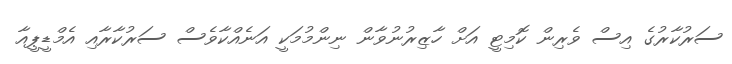
ސަރުކާރުގެ އިސް ވެރިން ކޮމިޓީ އަށް ހާޒިރުނުވާން ނިންމުމަކީ އަނެއްކާވެސް ސަރުކާރާއި އެމްޑީޕީއާ